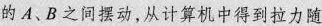
的A、B之间摆动，从计算机中得到拉力随